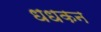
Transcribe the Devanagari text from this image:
धधकन